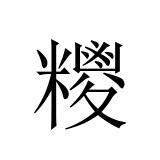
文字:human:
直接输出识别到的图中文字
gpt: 糭